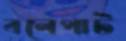
বলেপাট